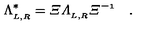
\Lambda _ { _ { L , R } } ^ { \ast } = \mit { \Xi } \Lambda _ { _ { L , R } } \mit { \Xi } ^ { - 1 } \quad .